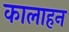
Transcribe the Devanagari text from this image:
कालाहन